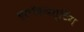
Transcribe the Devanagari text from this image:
ब्लॉकबस्टिंग